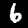
Digit: 6